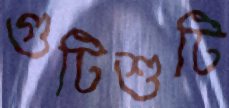
গুটিশুটি